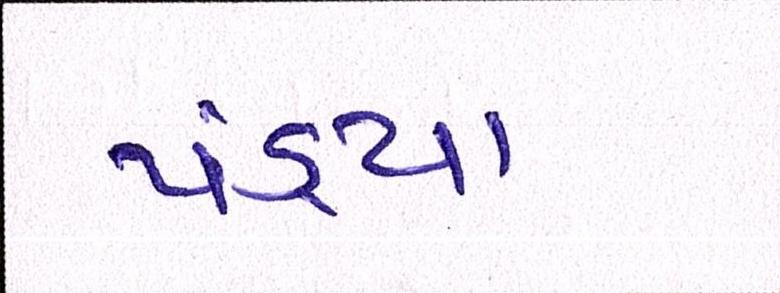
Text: પંડ્યા